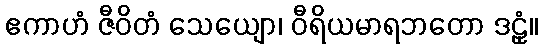
ဧကာဟံ ဇီဝိတံ သေယျော၊ ဝီရိယမာရဘတော ဒဠှံ။